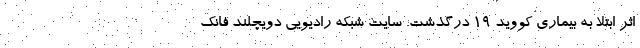
اثر ابتلا به بیماری کووید ۱۹ درگذشت. سایت شبکه رادیویی دویچلند فانک